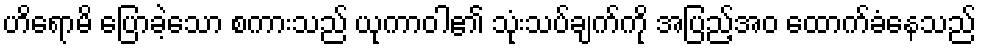
ဟိရောမိ ပြောခဲ့သော စကားသည် ယုကာဝါ၏ သုံးသပ်ချက်ကို အပြည့်အဝ ထောက်ခံနေသည်